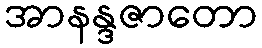
အာနန္ဒဇာတော